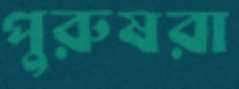
পুরুষরা